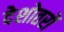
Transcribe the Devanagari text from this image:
देशोतरों